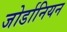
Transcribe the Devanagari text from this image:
जोर्डानियन